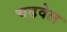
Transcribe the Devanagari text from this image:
चढवेल